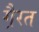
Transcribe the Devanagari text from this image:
गै़रत